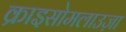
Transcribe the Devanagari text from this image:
क्राइसोमलाउज़ा